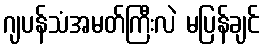
ဂျပန်သံအမတ်ကြီးလဲ မပြန်ချင်